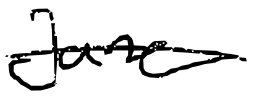
Text: June
Cross-out: single-line
Writing tool: digital_black